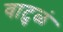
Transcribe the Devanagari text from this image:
वाटुळं